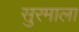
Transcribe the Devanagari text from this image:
सुरमाला